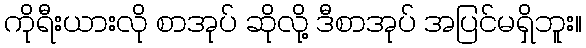
ကိုရီးယားလို စာအုပ် ဆိုလို့ ဒီစာအုပ် အပြင်မရှိဘူး။